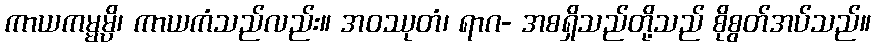
ကာယကမ္မမ္ပိ၊ ကာယကံသည်လည်း။ အဝဿုတံ၊ ရာဂ- အစရှိသည်တို့သည် စိုစွတ်အပ်သည်။